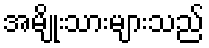
အမျိုးသားများသည်